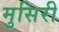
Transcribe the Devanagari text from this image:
मुसिरी